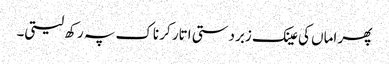
پھر اماں کی عینک زبردستی اتار کر ناک پہ رکھ لیتی۔